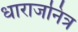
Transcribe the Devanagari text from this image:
धाराजनित्र